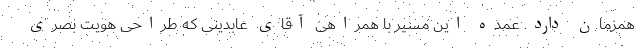
همزمان دارد. عمده این مسیر با همراهی آقای عابدینی که طراحی هویت بصری